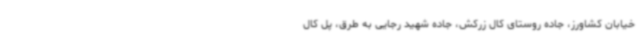
خیابان کشاورز، جاده روستای کال زرکش، جاده شهید رجایی به طرق، پل کال